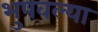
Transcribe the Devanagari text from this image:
भुषवल्या